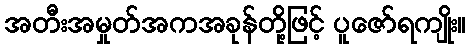
အတီးအမှုတ်အကအခုန်တို့ဖြင့် ပူဇော်ရကျိုး။